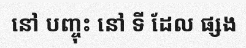
នៅ បញ្ចុះ នៅ ទី ដែល ផ្សង